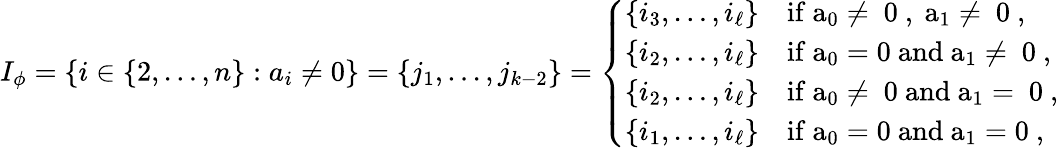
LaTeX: I_{\phi}=\{ i\in\{ 2,\ldots,n\} :a_{i}\neq 0\} =\{ j_{1},\ldots,j_{k-2}\} =\left\{ \begin{array}{ll}{\{ i_{3},\ldots,i_{\ell}\} }&{\mathrm{if~a_0\neq~0~,~a_1\neq~0~,}}\\ {\{ i_{2},\ldots,i_{\ell}\} }&{\mathrm{if~a_0=0~and~a_1\neq~0~,}}\\ {\{ i_{2},\ldots,i_{\ell}\} }&{\mathrm{if~a_0\neq~0~and~a_1=~0~,}}\\ {\{ i_{1},\ldots,i_{\ell}\} }&{\mathrm{if~a_0=0~and~a_1=0~,}}\end{array}\right.